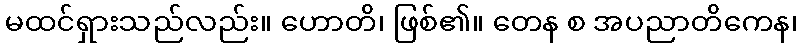
မထင်ရှားသည်လည်း။ ဟောတိ၊ ဖြစ်၏။ တေန စ အပညာတိကေန၊